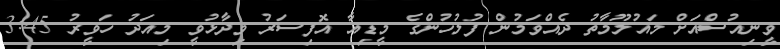
ވީނިއުސްއަށް މައުލޫމާތު ދެއްވަމުން ފުލުހުންގެ މީޑިއާ އޮފިސަރު ވިދާޅުވީ މިއަދު ހަވީރު 3:45